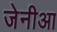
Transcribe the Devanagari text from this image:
जेनीआ